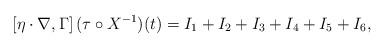
LaTeX: \begin{align*}\begin{gathered}\left [ \eta \cdot \nabla, \Gamma \right ] (\tau \circ X^{-1} ) (t) = I_1 + I_2 + I_3 + I_4 + I_5 + I_6,\end{gathered}\end{align*}